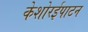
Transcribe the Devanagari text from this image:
केशोरईपाटन